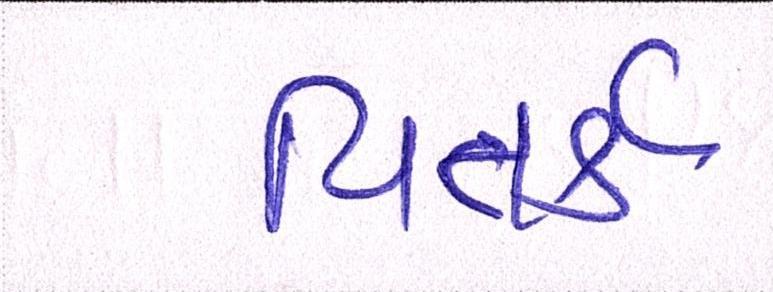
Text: વિતર્ક